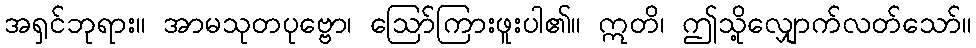
အရှင်ဘုရား။ အာမသုတပုဗ္ဗော၊ ဩော်ကြားဖူးပါ၏။ ဣတိ၊ ဤသို့လျှောက်လတ်သော်။